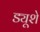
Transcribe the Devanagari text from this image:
ड्यूशे